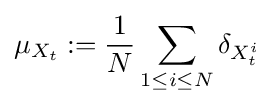
\mu _{X_{t}}:={\frac {1}{N}}\sum \limits _{1\leq i\leq N}\delta _{X_{t}^{i}}